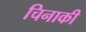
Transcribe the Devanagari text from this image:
चिनाकी